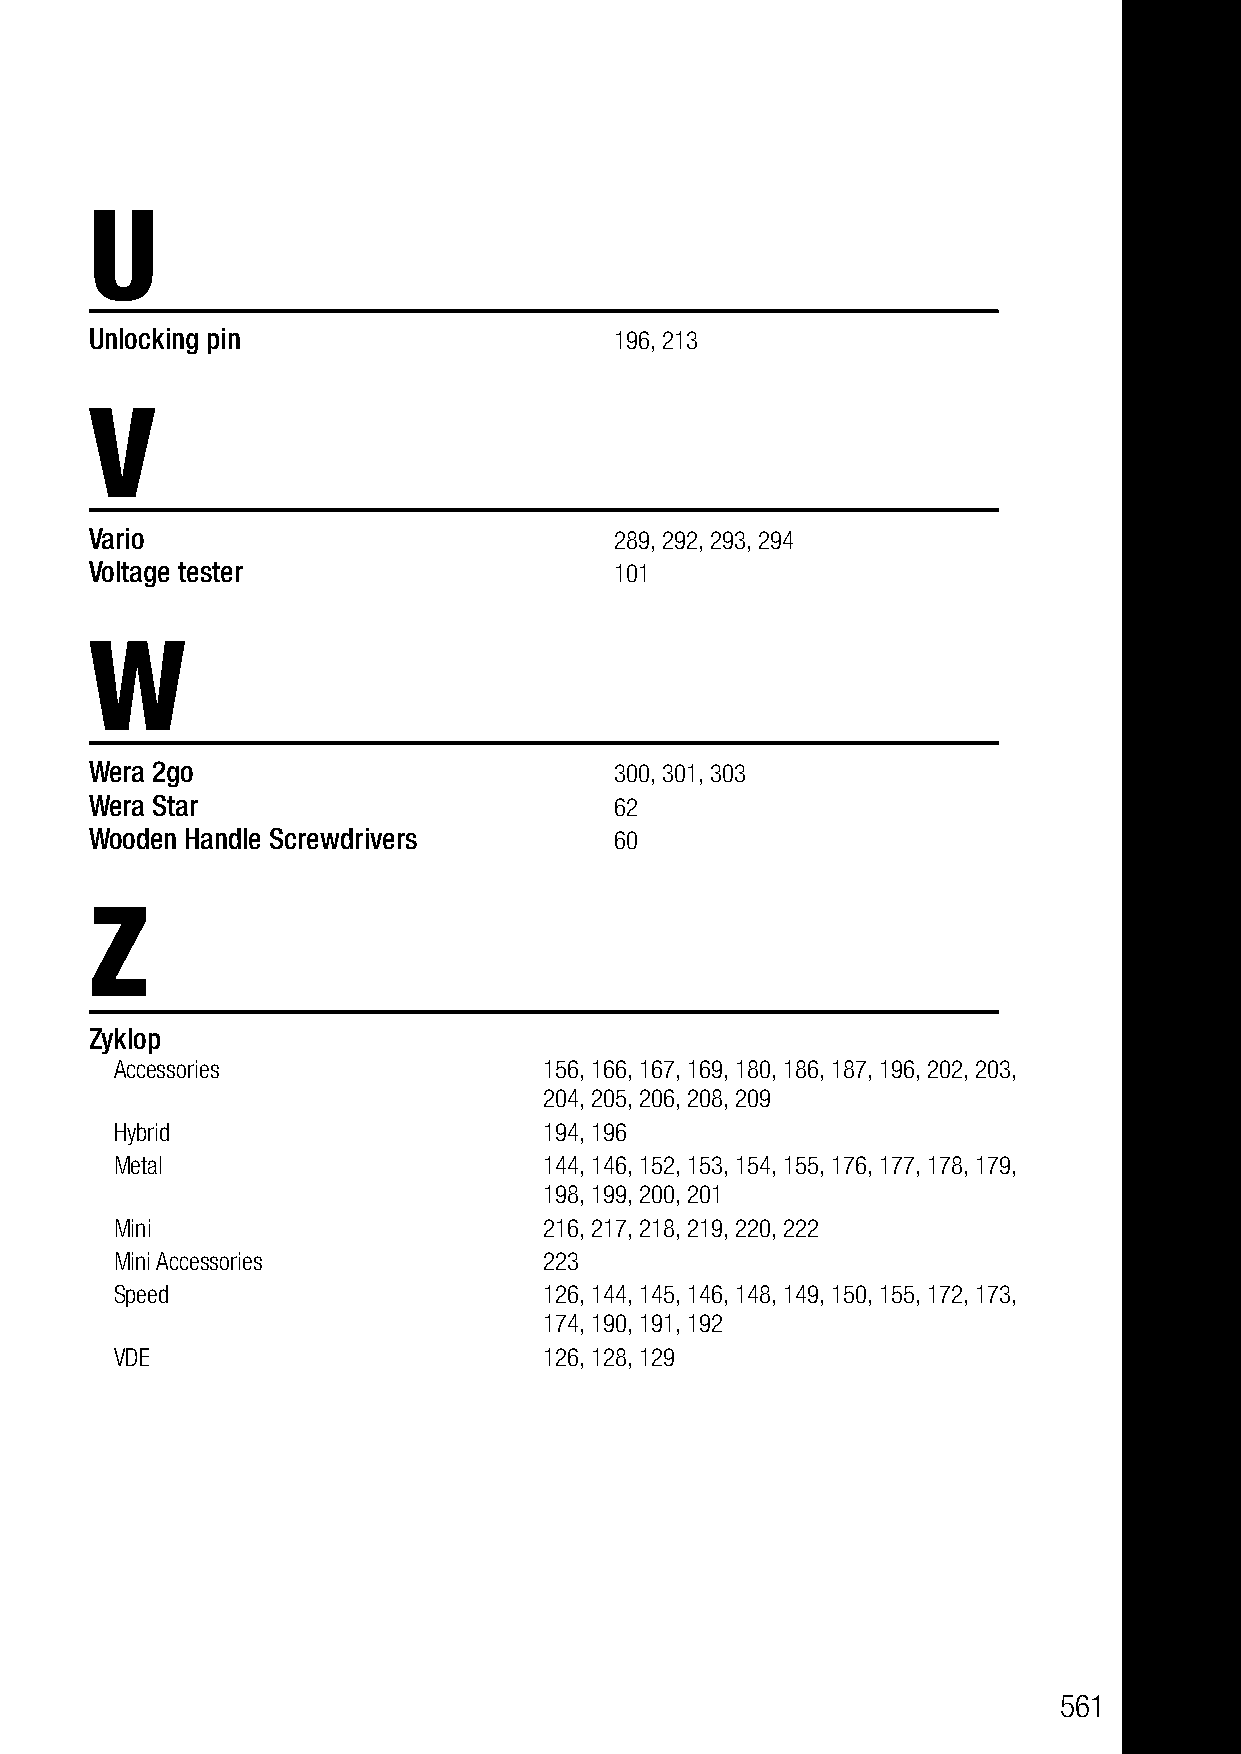
U
 Unlocking pin                      196, 213
 V
 Vario                              289, 292, 293, 294
 Voltage tester                     101
 W
 Wera 2go                           300, 301, 303
 Wera Star                          62
 Wooden Handle Screwdrivers         60
 Z
 Zyklop
 Accessories                 156, 166, 167, 169, 180, 186, 187, 196, 202, 203,
 204, 205, 206, 208, 209
 Hybrid                      194, 196
 Metal                       144, 146, 152, 153, 154, 155, 176, 177, 178, 179,
 198, 199, 200, 201
 Mini                        216, 217, 218, 219, 220, 222
 Mini Accessories            223
 Speed                       126, 144, 145, 146, 148, 149, 150, 155, 172, 173,
 174, 190, 191, 192
 VDE                         126, 128, 129
 561